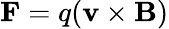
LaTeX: \mathbf{F}=q(\mathbf{v}\times\mathbf{B})